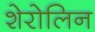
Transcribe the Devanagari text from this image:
शेरोलिन